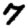
Digit: 7